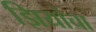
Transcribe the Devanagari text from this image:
झियांचा